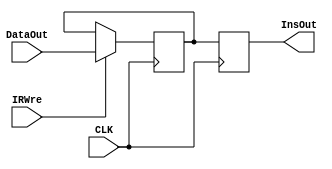
module IR(
	input CLK,
	input IRWre,
	input [31:0] DataOut,
	output reg [31:0] InsOut
);
	
	reg [31:0] Ins_Register;
	initial Ins_Register=0;//initial the ins data=0
	
	always @(negedge CLK) begin
		if(IRWre==1)//write
			Ins_Register<=DataOut;
		else
			Ins_Register<=Ins_Register;
	end
	
	always @(posedge CLK) begin//read
		InsOut<=Ins_Register;
	end
	
endmodule